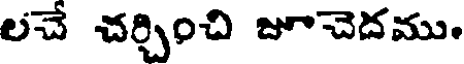
లచే చర్చించి జూచెదము.